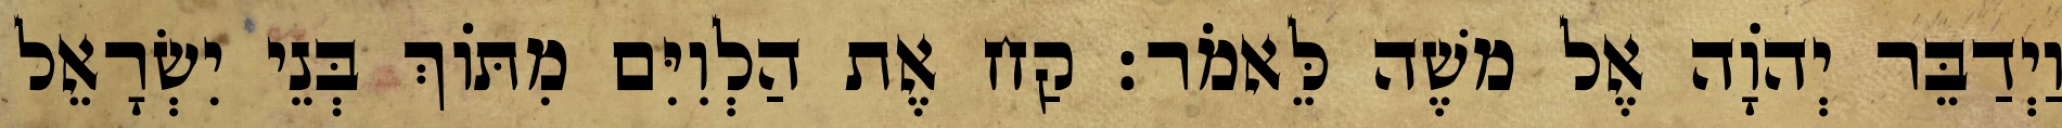
וַיְדַבֵּר יְהוָֹה אֶל משֶׁה לֵּאמֹר׃ קַח אֶת הַלְוִיִּם מִתּוֹךְ בְּנֵי יִשְׂרָאֵל